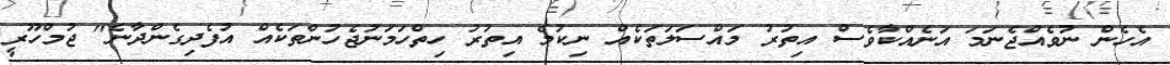
އެހެން ނުވެއްޖެނަމަ އަނެއްކާވެސް އިތުރު މައްސަލަތަކެއް ނިކުމެ އިތުރު ހިތްހަމަނުޖެހުންތަކެއް އުފެދިގެންދާނެ" ޖުމްހޫރީ